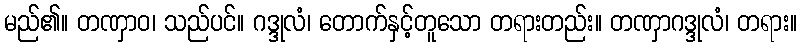
မည်၏။ တဏှာဝ၊ သည်ပင်။ ဂဒ္ဒုလံ၊ တောက်နှင့်တူသော တရားတည်း။ တဏှာဂဒ္ဒုလံ၊ တရား။